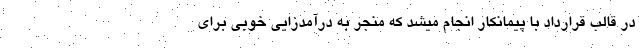
در قالب قرارداد با پیمانکار انجام میشد که منجر به درآمدزایی خوبی برای